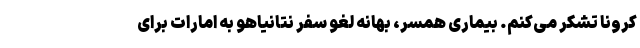
کرونا تشکر می‌کنم. بیماری همسر، بهانه لغو سفر نتانیاهو به امارات برای